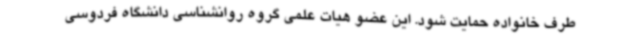
طرف خانواده حمایت شود. این عضو هیات علمی گروه روانشناسی دانشگاه فردوسی